Note on surra in camels for commandants of camel corps
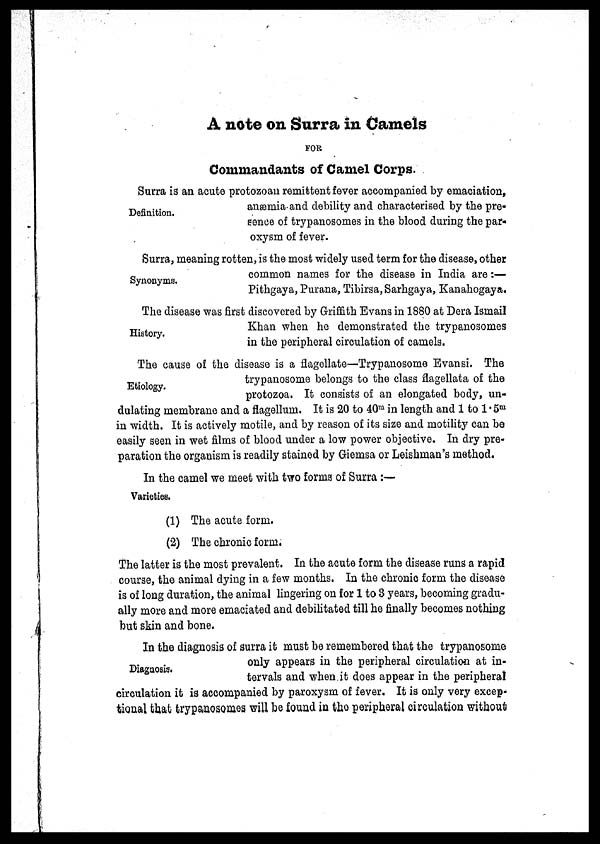
A note on Surra in Camels
FOR
Commandants of Camel Corns.
Definition.
Surra is an acute protozoan remittent fever accompanied by emaciation,
anæmia and debility and characterised by the pre-
sence of trypanosomes in the blood during the par-
oxysm of fever.
Synonyms.
Surra, meaning rotten, is the most widely used term for the disease, other
common names for the disease in India are:—
Pithgaya, Purana, Tibirsa, Sarhgaya, Kanahogaya.
History.
The disease was first discovered by Griffith Evans in 1880 at Dera Ismail
Khan when he demonstrated the trypanosomes
in the peripheral circulation of camels.
Etiology.
The cause of the disease is a flagellate—Try panosome Evansi. The
trypanosome belongs to the class flagellata of the
protozoa. It consists of an elongated body, un-
dulating membrane and a flagellum. It is 20 to 40 m in length and 1 to 1.5 m
in width. It is actively motile, and by reason of its size and motility can be
easily seen in wet films of blood under a low power objective. In dry pre-
paration the organism is readily stained by Giemsa or Leishman's method.
In the camel we meet with two forms of Surra :—
Varieties.
(1) The acute form.
(2) The chronic form.
The latter is the most prevalent. In the acute form the disease runs a rapid
course, the animal dying in a few months, In the chronic form the disease
is of long duration, the animal lingering on for 1 to 3 years, becoming gradu-
ally more and more emaciated and debilitated till he finally becomes nothing
but skin and bone.
Diagnosis.
In the diagnosis of surra it must be remembered that the trypanosome
only appears in the peripheral circulation at in-
tervals and when it does appear in the peripheral
circulation it is accompanied by paroxysm of fever. It is only very excep-
tional that trypanosomes will be found in the peripheral circulation without